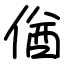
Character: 偤